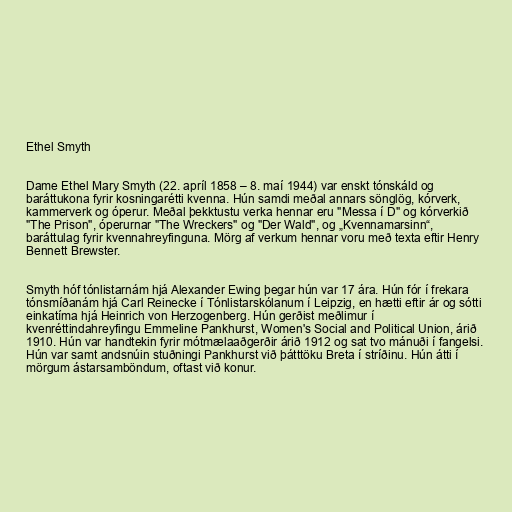
Ethel Smyth

Dame Ethel Mary Smyth (22. apríl 1858 – 8. maí 1944) var enskt tónskáld og
baráttukona fyrir kosningarétti kvenna. Hún samdi meðal annars sönglög, kórverk,
kammerverk og óperur. Meðal þekktustu verka hennar eru "Messa í D" og kórverkið
"The Prison", óperurnar "The Wreckers" og "Der Wald", og „Kvennamarsinn“,
baráttulag fyrir kvennahreyfinguna. Mörg af verkum hennar voru með texta eftir Henry
Bennett Brewster.

Smyth hóf tónlistarnám hjá Alexander Ewing þegar hún var 17 ára. Hún fór í frekara
tónsmíðanám hjá Carl Reinecke í Tónlistarskólanum í Leipzig, en hætti eftir ár og sótti
einkatíma hjá Heinrich von Herzogenberg. Hún gerðist meðlimur í
kvenréttindahreyfingu Emmeline Pankhurst, Women's Social and Political Union, árið
1910. Hún var handtekin fyrir mótmælaaðgerðir árið 1912 og sat tvo mánuði í fangelsi.
Hún var samt andsnúin stuðningi Pankhurst við þátttöku Breta í stríðinu. Hún átti í
mörgum ástarsamböndum, oftast við konur.